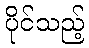
ပိုင်သည့်